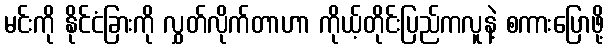
မင်းကို နိုင်ငံခြားကို လွှတ်လိုက်တာဟာ ကိုယ့်တိုင်းပြည်ကလူနဲ့ စကားပြောဖို့